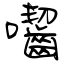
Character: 囓